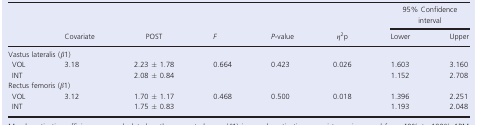
<table><thead><tr><td></td><td rowspan="2"><b>Covariate</b></td><td rowspan="2"><b>POST</b></td><td rowspan="2"><b><i>F</i></b></td><td rowspan="2"><b><i>P</i>-value</b></td><td rowspan="2"><b><i>η</i><sup>2</sup>p</b></td><td colspan="2"><b>95% Confidence interval</b></td></tr><tr><td></td><td><b>Lower</b></td><td><b>Upper</b></td></tr></thead><tbody><tr><td colspan="8">Vastus lateralis (<i>β</i>1)</td></tr><tr><td> VOL</td><td rowspan="2">3.18</td><td>2.23 ± 1.78</td><td rowspan="2">0.664</td><td rowspan="2">0.423</td><td rowspan="2">0.026</td><td>1.603</td><td>3.160</td></tr><tr><td> INT</td><td>2.08 ± 0.84</td><td>1.152</td><td>2.708</td></tr><tr><td colspan="8">Rectus femoris (<i>β</i>1)</td></tr><tr><td> VOL</td><td rowspan="2">3.12</td><td>1.70 ± 1.17</td><td rowspan="2">0.468</td><td rowspan="2">0.500</td><td rowspan="2">0.018</td><td>1.396</td><td>2.251</td></tr><tr><td> INT</td><td>1.75 ± 0.83</td><td>1.193</td><td>2.048</td></tr></tbody></table>